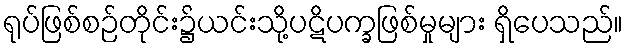
ရုပ်ဖြစ်စဉ်တိုင်း၌ယင်းသို့ပဋိပက္ခဖြစ်မှုများ ရှိပေသည်။